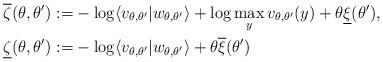
LaTeX: \begin{align*}\overline{\zeta}(\theta,\theta^\prime) :=& - \log \langle v_{\theta,\theta^\prime} | w_{\theta,\theta^\prime} \rangle + \log \max_y v_{\theta,\theta^\prime}(y) + \theta \underline{\xi}(\theta^\prime), \\\underline{\zeta}(\theta,\theta^\prime) :=& - \log \langle v_{\theta,\theta^\prime} | w_{\theta,\theta^\prime} \rangle + \theta \overline{\xi}(\theta^\prime)\end{align*}